Annual report of the Punjab Veterinary College and of the Civil Veterinary Department, Punjab - 1894-1908
Year: 1894
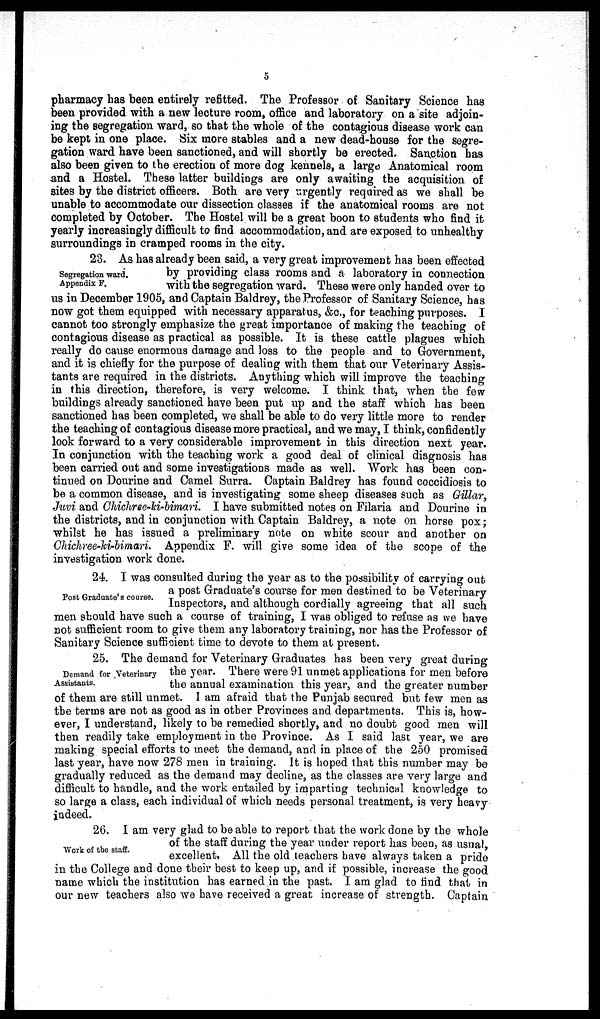
5
pharmacy has been entirely refitted. The Professor of Sanitary Science has
been provided with a new lecture room, office and laboratory on a site adjoin-
ing the segregation ward, so that the whole of the contagious disease work can
be kept in one place. Six more stables and a new dead-house for the segre-
gation ward have been sanctioned, and will shortly be erected. Sanction has
also been given to the erection of more dog kennels, a large Anatomical room
and a Hostel. These latter buildings are only awaiting the acquisition of
sites by the district officers. Both are very urgently required as we shall be
unable to accommodate our dissection classes if the anatomical rooms are not
completed by October. The Hostel will be a great boon to students who find it
yearly increasingly difficult to find accommodation, and are exposed to unhealthy
surroundings in cramped rooms in the city.
Segregation ward.
Appendix F.
23. As has already been said, a very great improvement has been effected
by providing class rooms and a laboratory in connection
with the segregation ward. These were only handed over to
us in December 1905, and Captain Baldrey, the Professor of Sanitary Science, has
now got them equipped with necessary apparatus, &c., for teaching purposes. I
cannot too strongly emphasize the great importance of making the teaching of
contagious disease as practical as possible. It is these cattle plagues which
really do cause enormous damage and loss to the people and to Government,
and it is chiefly for the purpose of dealing with them that our Veterinary Assis-
tants are required in the districts. Anything which will improve the teaching
in this direction, therefore, is very welcome. I think that, when the few-
buildings already sanctioned have been put up and the staff which has been
sanctioned has been completed, we shall be able to do very little more to render
the teaching of contagious disease more practical, and we may, I think, confidently
look forward to a very considerable improvement in this direction next year.
In conjunction with the teaching work a good deal of clinical diagnosis has
been carried out and some investigations made as well. Work has been con-
tinued on Dourine and Camel Surra. Captain Baldrey has found coccidiosis to
be a common disease, and is investigating some sheep diseases such as Gillar,
Juvi and Chichree-ki'bimari. I have submitted notes on Filaria and Dourine in
the districts, and in conjunction with Captain Baldrey, a note on horse pox ;
whilst he has issued a preliminary note on white scour and another on
Chichree-ki-bimari. Appendix F. will give some idea of the scope of the
investigation work done.
Post Graduate's course.
24. I was consulted during the year as to the possibility of carrying out
a post Graduate's course for men destined to be Veterinary
Inspectors, and although cordially agreeing that all such
men should have such a course of training, I was obliged to refuse as we have
not sufficient room to give them any laboratory training, nor has the Professor of
Sanitary Science sufficient time to devote to them at present.
Demand for Veterinary
Assistants.
25. The demand for Veterinary Graduates has been very great during
the year. There were 91 unmet applications for men before
the annual examination this year, and the greater number
of them are still unmet. I am afraid that the Punjab secured but few men as
the terms are not as good as in other Provinces and departments. This is, how-
ever, I understand, likely to be remedied shortly, and no doubt good men will
then readily take employment in the Province. As I said last year, we are
making special efforts to meet the demand, and in place of the 250 promised
last year, have now 278 men in training. It is hoped that this number may be
gradually reduced as the demand may decline, as the classes are very large and
difficult to handle, and the work entailed by imparting technical knowledge to
so large a class, each individual of which needs personal treatment, is very heavy
indeed.
Work of the staff.
26. I am very glad to be able to report that the work done by the whole
of the staff during the year under report has been, as usual,
excellent. All the old teachers have always taken a pride
in the College and done their best to keep up, and if possible, increase the good
name which the institution has earned in the past. I am glad to find that in
our new teachers also we have received a great increase of strength. Captain